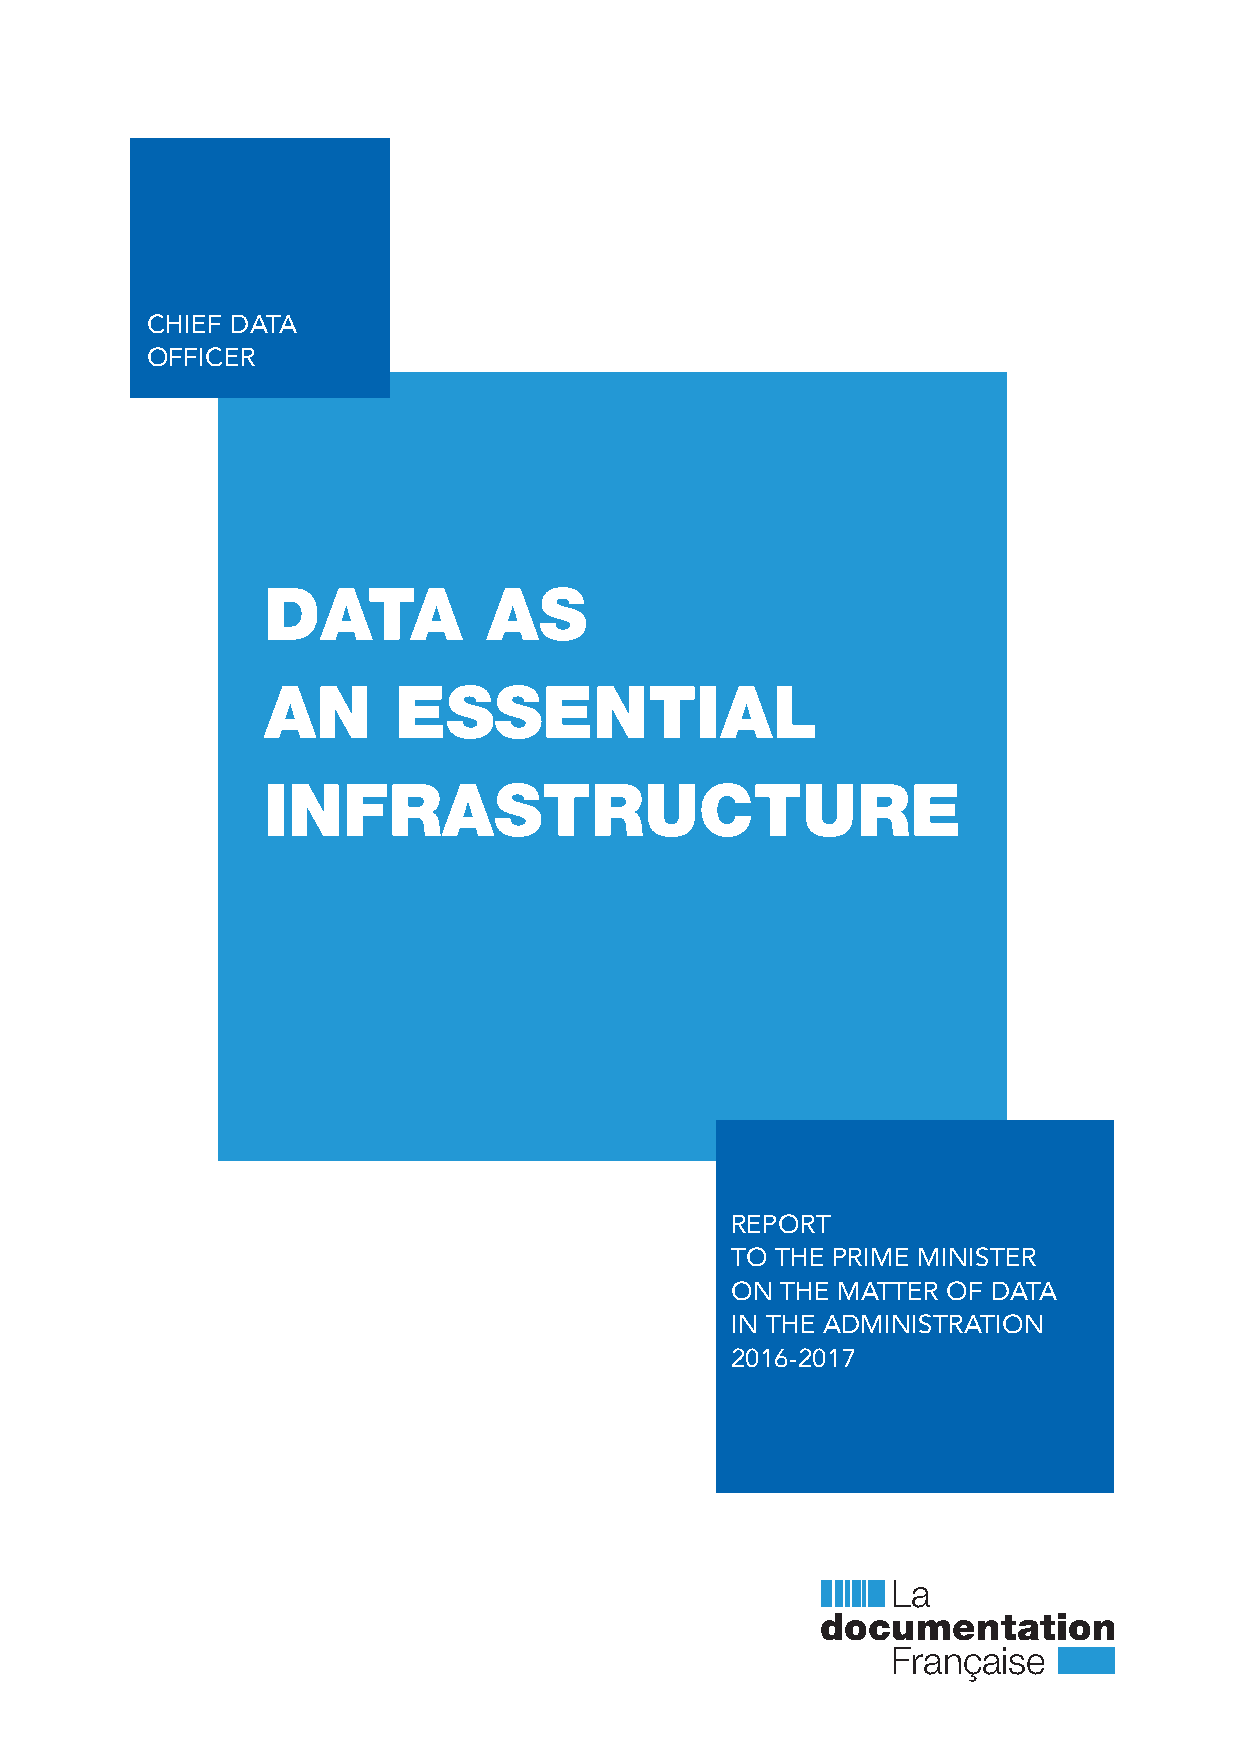
CHIEF DATA
 OFFICER
 DATA           AS
 AN       ESSENTIAL
 INFRASTRUCTURE
 REPORT
 TO THE PRIME MINISTER
 ON  THE MATTER OF DATA
 IN THE ADMINISTRATION
 2016-2017
 La
 documentation
 Française